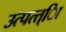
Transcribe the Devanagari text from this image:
उत्पत्त्िा